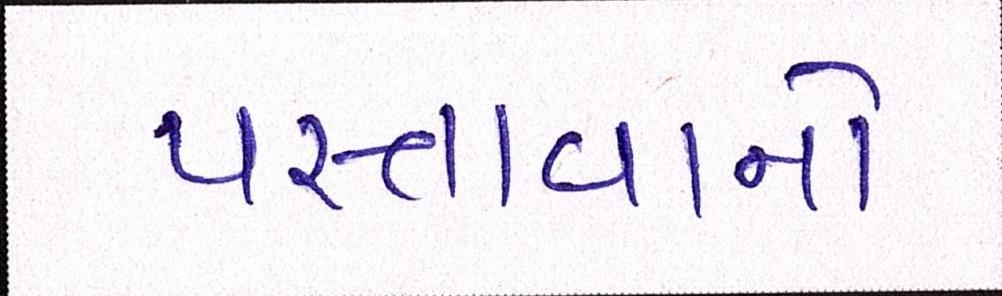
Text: પસ્તાવાનો